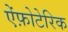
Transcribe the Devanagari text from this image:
ऐंफ़ोटेरिक